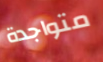
متواجدة